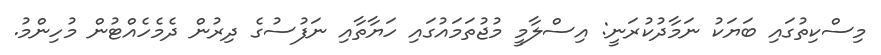
މިސްކިތުގައި ބަޔަކު ނަމާދުކުރަނީ: އިސްލާމީ މުޖުތަމައުގައި ހަޔާތާއި ނަފުސުގެ ދިރުން ދެމެހެއްޓުން މުހިންމު.